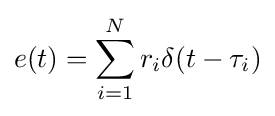
e(t)=\sum _{i=1}^{N}r_{i}\delta (t-\tau _{i})